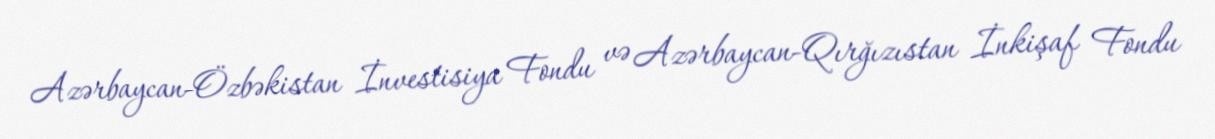
Azərbaycan-Özbəkistan İnvestisiya Fondu və Azərbaycan-Qırğızıstan İnkişaf Fondu